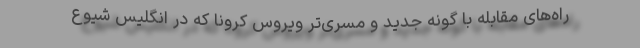
راه‌های مقابله با گونه جدید و مسری‌تر ویروس کرونا که در انگلیس شیوع